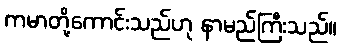
ကမာတို့ကောင်းသည်ဟု နာမည်ကြီးသည်။